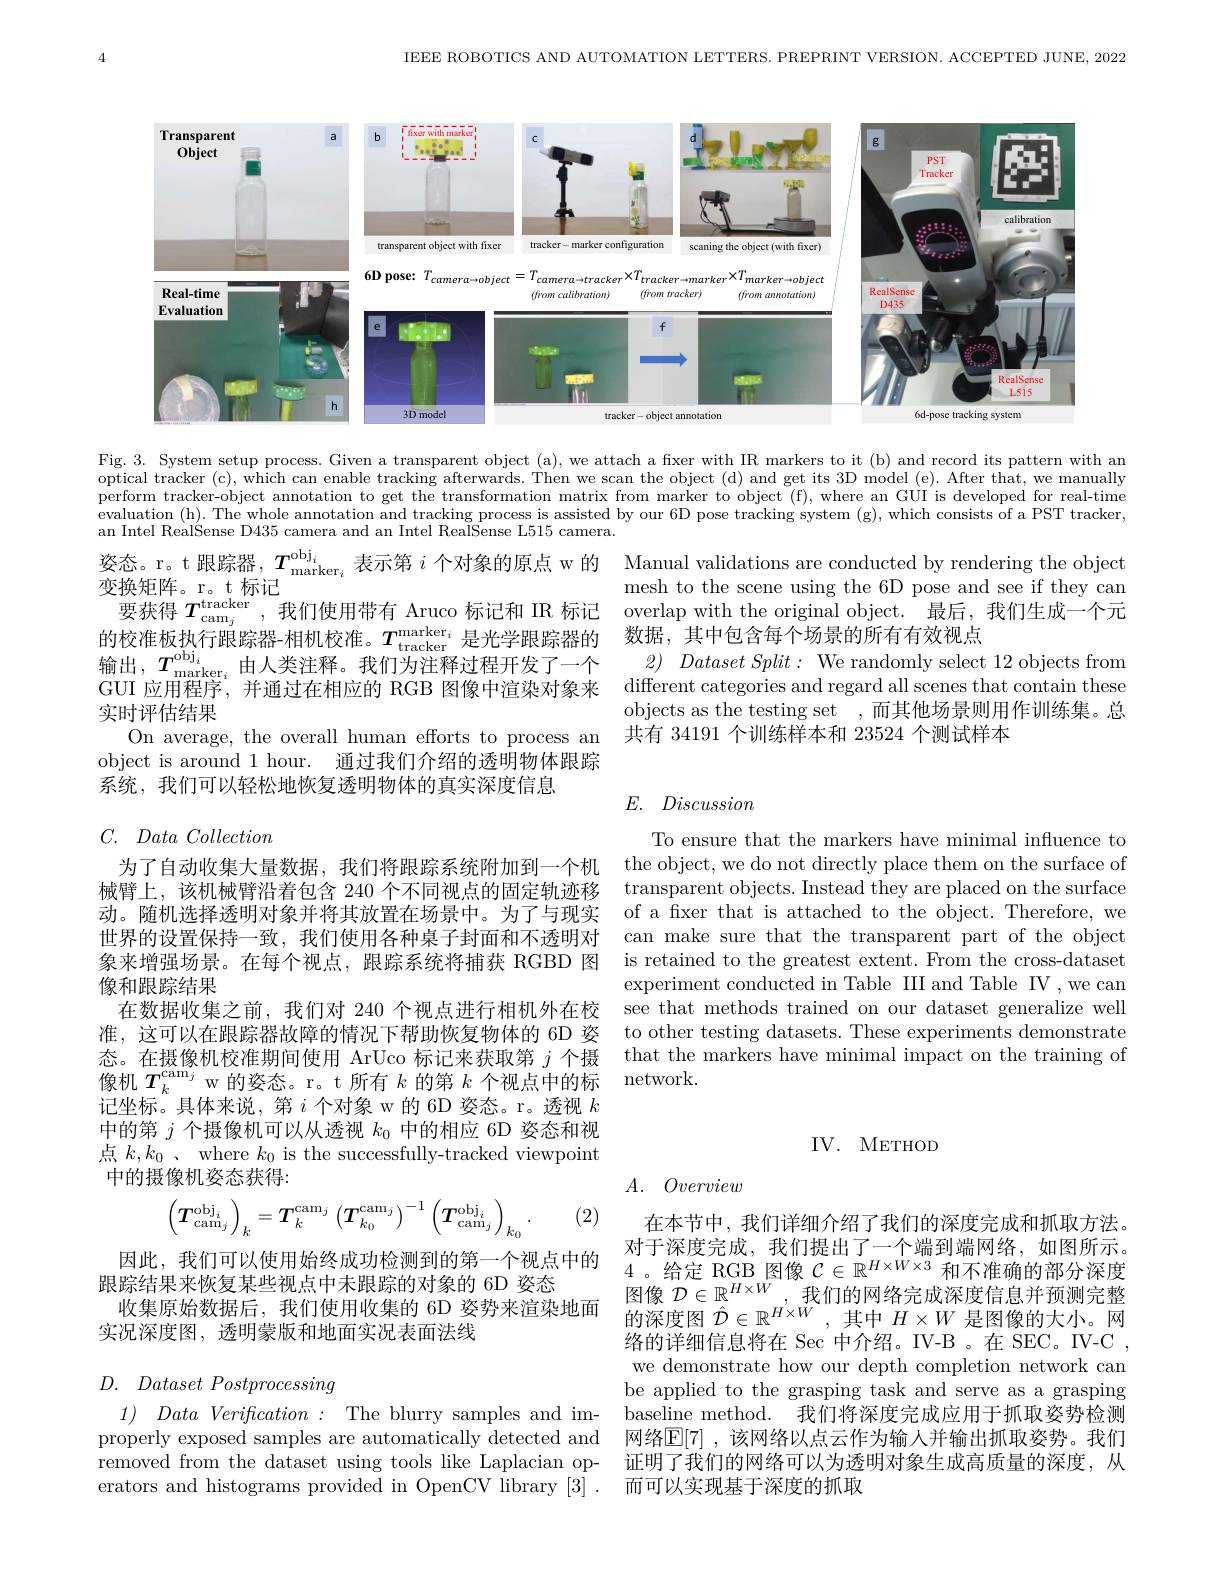
IEEE ROBOTICS AND AUTOMATION LETTERS. PREPRINT VERSION. ACCEPTED JUNE, 2022

<FigureHere>

Fig. 3. System setup process. Given a transparent object (a), we attach a fixer with IR markers to it (b) and record its pattern with an optical tracker (c), which can enable tracking afterwards. Then we scan the object (d) and get its 3D model (e). After that, we manually perform tracker-object annotation to get the transformation matrix from marker to object (f), where an GUI is developed for real-time evaluation ( h) . The whole annotation and tracking process is assisted by our 6D pose tracking system ( g) , which consists of a PST tracker, evaluation ( h) . The whole annotation and tracking process is assisted by our 6D pose tracking. system ( g) , w an Intel RealSense D435 camera and an Intel RealSense L515 camera.

姿态。r。t 跟踪器，$T_{\mathrm{marker}_i}^{\mathrm{obj}_i}$表示第$i$个对象的原点 w 的 Manual validations are conducted by rendering the object
变换矩阵。r。t 标记
要获得$T_\mathrm{cam}_j^\mathrm{tracker}$,我们使用带有 Aruco 标记和 IR 标记 overlap with the original object. 最后，我们生成一个元
的校准板执行跟踪器-相机校准。$T_\mathrm{tracker}^\mathrm{marker}$是光学跟踪器的输出，$T_\mathrm{marker}^\mathrm{obj}_i$由人类注释。我们为注释过程开发了一个GUI 应用程序，并通过在相应的 RGB 图像中渲染对象来实时评估结果
On average, the overall human efforts to process an 共有 34191 个训练样本和 23524 个测试样本
object is around 1 hour. 通过我们介绍的透明物体跟踪
系统，我们可以轻松地恢复透明物体的真实深度信息

mesh to the scene using the 6D pose and see if they can
数据，其中包含每个场景的所有有效视点
2) $Dataset\textit{Split: We randomly select 12 objects from}$ different categories and regard all scenes that contain these objects as the testing set ,而其他场景则用作训练集。总

# $E.$ Discussion

## $C.$ $Data\textit{ Collection}$

To ensure that the markers have minimal influence to the object, we do not directly place them on the surface of transparent objects. Instead they are placed on the surface of a fxer that is attached to the object. Therefore, we can make sure that the transparent part of the object
象来增强场景。在每个视点，跟踪系统将捕获 RGBD 图 is retained to the greatest extent. From the cross-dataset
experiment conducted in Table III and Table IV ,we can see that methods trained on our dataset generalize well to other testing datasets. These experiments demonstrate that the markers have minimal impact on the training of network

为了自动收集大量数据，我们将跟踪系统附加到一个机械臂上，该机械臂沿着包含 240 个不同视点的固定轨迹移动。随机选择透明对象并将其放置在场景中。为了与现实世界的设置保持一致，我们使用各种桌子封面和不透明对像和跟踪结果
在数据收集之前，我们对 240 个视点进行相机外在校准，这可以在跟踪器故障的情况下帮助恢复物体的 6D 姿态。在摄像机校准期间使用 ArUco 标记来获取第$j$个摄像机$T_k^\mathrm{cam}_j$ w 的姿态。r。t 所有$k$的第$k$个视点中的标记坐标。具体来说，第$i$个对象 w 的 6D 姿态。r。透视$k$ 中的第$j$个摄像机可以从透视$k_{0}$中的相应 6D 姿态和视点$k,k_0$ 、 where $k_0$ is the successfully-tracked viewpoint 中的摄像机姿态获得：

IV. METHOD

## $A.$ Overview
$$\left(\boldsymbol{T}_{\mathrm{cam}_j}^{\mathrm{obj}_i}\right)_k=\boldsymbol{T}_k^{\mathrm{cam}_j}\left(\boldsymbol{T}_{k_0}^{\mathrm{cam}_j}\right)^{-1}\left(\boldsymbol{T}_{\mathrm{cam}_j}^{\mathrm{obj}_i}\right)_{k_0}.$$
(2)

因此，我们可以使用始终成功检测到的第一个视点中的
跟踪结果来恢复某些视点中未跟踪的对象的 6D 姿态
收集原始数据后，我们使用收集的 6D 姿势来渲染地面$\begin{array}{c}\text{图像}D\in\mathbb{R}\\\text{的深度图 }\hat{\mathcal{D}}\in\mathbb{R}^{H\times W},\text{其中 }H\times W\text{ 是图像的大小。网}\\\text{沉深度图，诱明蒙版和地面实况表面決线}\end{array}$
实况深度图，透明蒙版和地面实况表面法线

在本节中，我们详细介绍了我们的深度完成和抓取方法。对于深度完成，我们提出了一个端到端网络，如图所示。4。给定 RGB 图像$\mathcal{C}\in\mathbb{R}^{H\times W\times3}$和不准确的部分深度图像$\mathcal{D}\in\mathbb{R}^{H\times W}$,我们的网络完成深度信息并预测完整络的详细信息将在 Sec 中介绍。IV-B 。在 SEC。IV-C , we demonstrate how our depth completion network can be applied to the grasping task and serve as a grasping baseline method. 我们将深度完成应用于抓取姿势检测网络$\mathbb{E}[7]$ ,该网络以点云作为输人并输出抓取姿势。我们证明了我们的网络可以为透明对象生成高质量的深度，从而可以实现基于深度的抓取

## $D.$ Dataset Postprocessing

1) $Data\textit{ Verification}:$ The blurry samples and improperly exposed samples are automatically detected and removed from the dataset using tools like Laplacian operators and histograms provided in OpenCV library [3] .